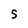
Character: S